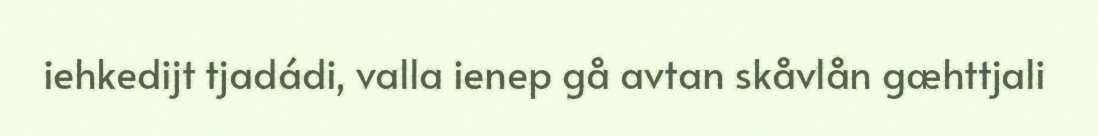
iehkedijt tjadádi, valla ienep gå avtan skåvlån gæhttjali